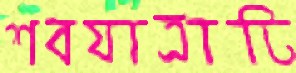
শবযাত্রাটি